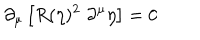
LaTeX: \partial _ { \mu } \left[ R ( \eta ) ^ { 2 } \; \partial ^ { \mu } \eta \right] = 0